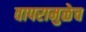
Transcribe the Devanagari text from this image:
वापरामुळेच